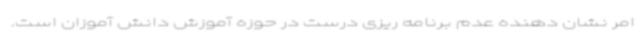
امر نشان دهنده عدم برنامه ریزی درست در حوزه آموزش دانش آموزان است.